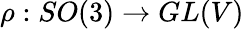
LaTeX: \rho:SO(3)\rightarrow GL(V)